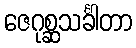
ဇေဂုစ္ဆသင်္ခါတာ